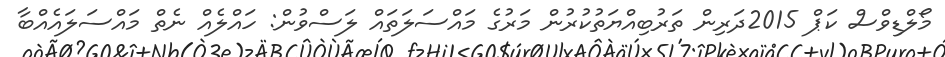
މޯލްޑިވްސް ކަޕް 2015ދަރިން ތަރުބިއްޔަތުކުރުން މަރުގެ މައްސަލަތައް ލަސްވުން: ހައްލެއް ނެތް މައްސަލައެއްބާ